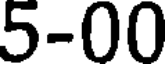
5-00